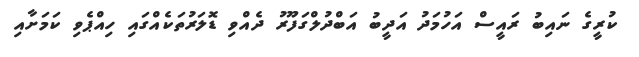
ކުރީގެ ނައިބު ރައީސް އަހުމަދު އަދީބު އަބްދުލްގަފޫރު ދެއްވި ޑޮލަރުތަކެއްގައި ހިއްޕެވި ކަމަށާއި